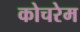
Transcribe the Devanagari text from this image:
कोचरेम